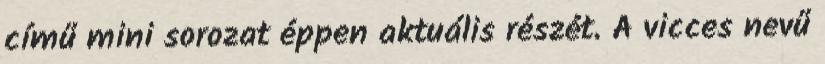
című mini sorozat éppen aktuális részét. A vicces nevű